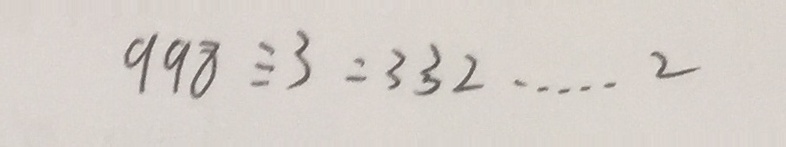
9 9 8 \equiv 3 = 3 3 2 \cdots 2